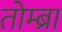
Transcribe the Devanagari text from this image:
तोम्ब्रा